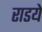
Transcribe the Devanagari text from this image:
राडये